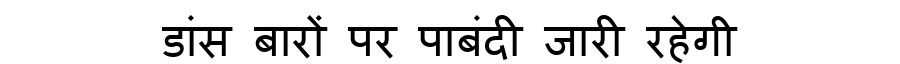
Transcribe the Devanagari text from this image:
डांस बारों पर पाबंदी जारी रहेगी